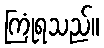
ကြုံရသည်။